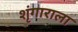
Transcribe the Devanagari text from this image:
शृंगाराला